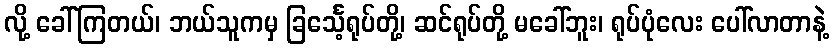
လို့ ခေါ်ကြတယ်၊ ဘယ်သူကမှ ခြင်္သေ့ရုပ်တို့၊ ဆင်ရုပ်တို့ မခေါ်ဘူး၊ ရုပ်ပုံလေး ပေါ်လာတာနဲ့